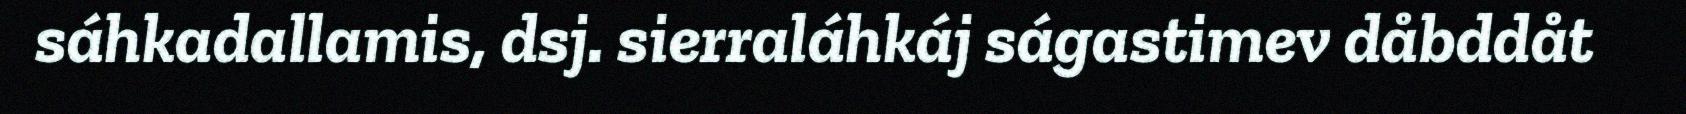
sáhkadallamis, dsj. sierraláhkáj ságastimev dåbddåt